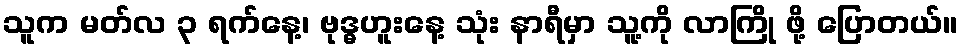
သူက မတ်လ ၃ ရက်နေ့၊ ဗုဒ္ဓဟူးနေ့ သုံး နာရီမှာ သူ့ကို လာကြို ဖို့ ပြောတယ်။